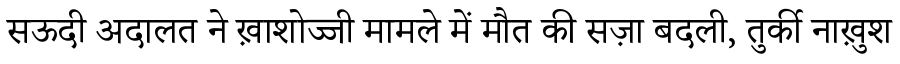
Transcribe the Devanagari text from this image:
सऊदी अदालत ने ख़ाशोज्जी मामले में मौत की सज़ा बदली, तुर्की नाख़ुश